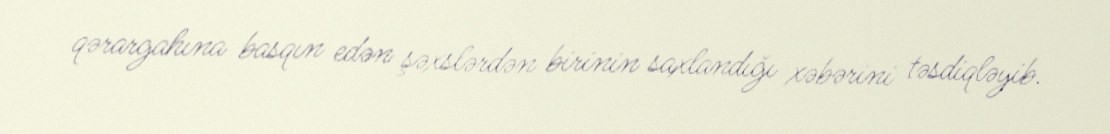
qərargahına basqın edən şəxslərdən birinin saxlandığı xəbərini təsdiqləyib.